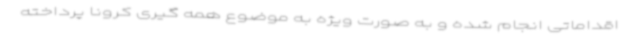
اقداماتی انجام شده و به صورت ویژه به موضوع همه گیری کرونا پرداخته